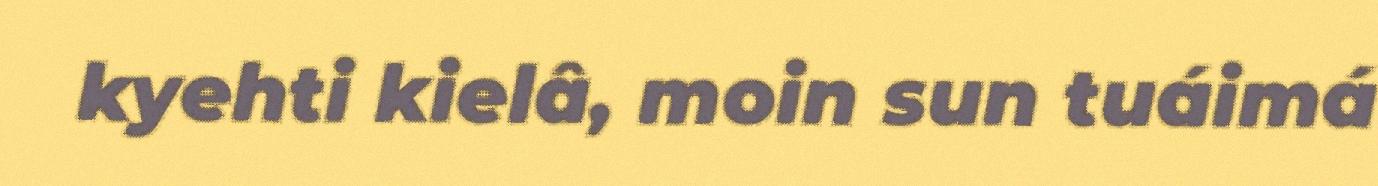
kyehti kielâ, moin sun tuáimá